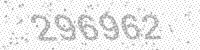
Solution: 296962